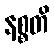
နစ္စတိ